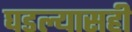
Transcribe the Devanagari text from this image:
घडल्यासही